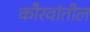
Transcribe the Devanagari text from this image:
कौरवांतील